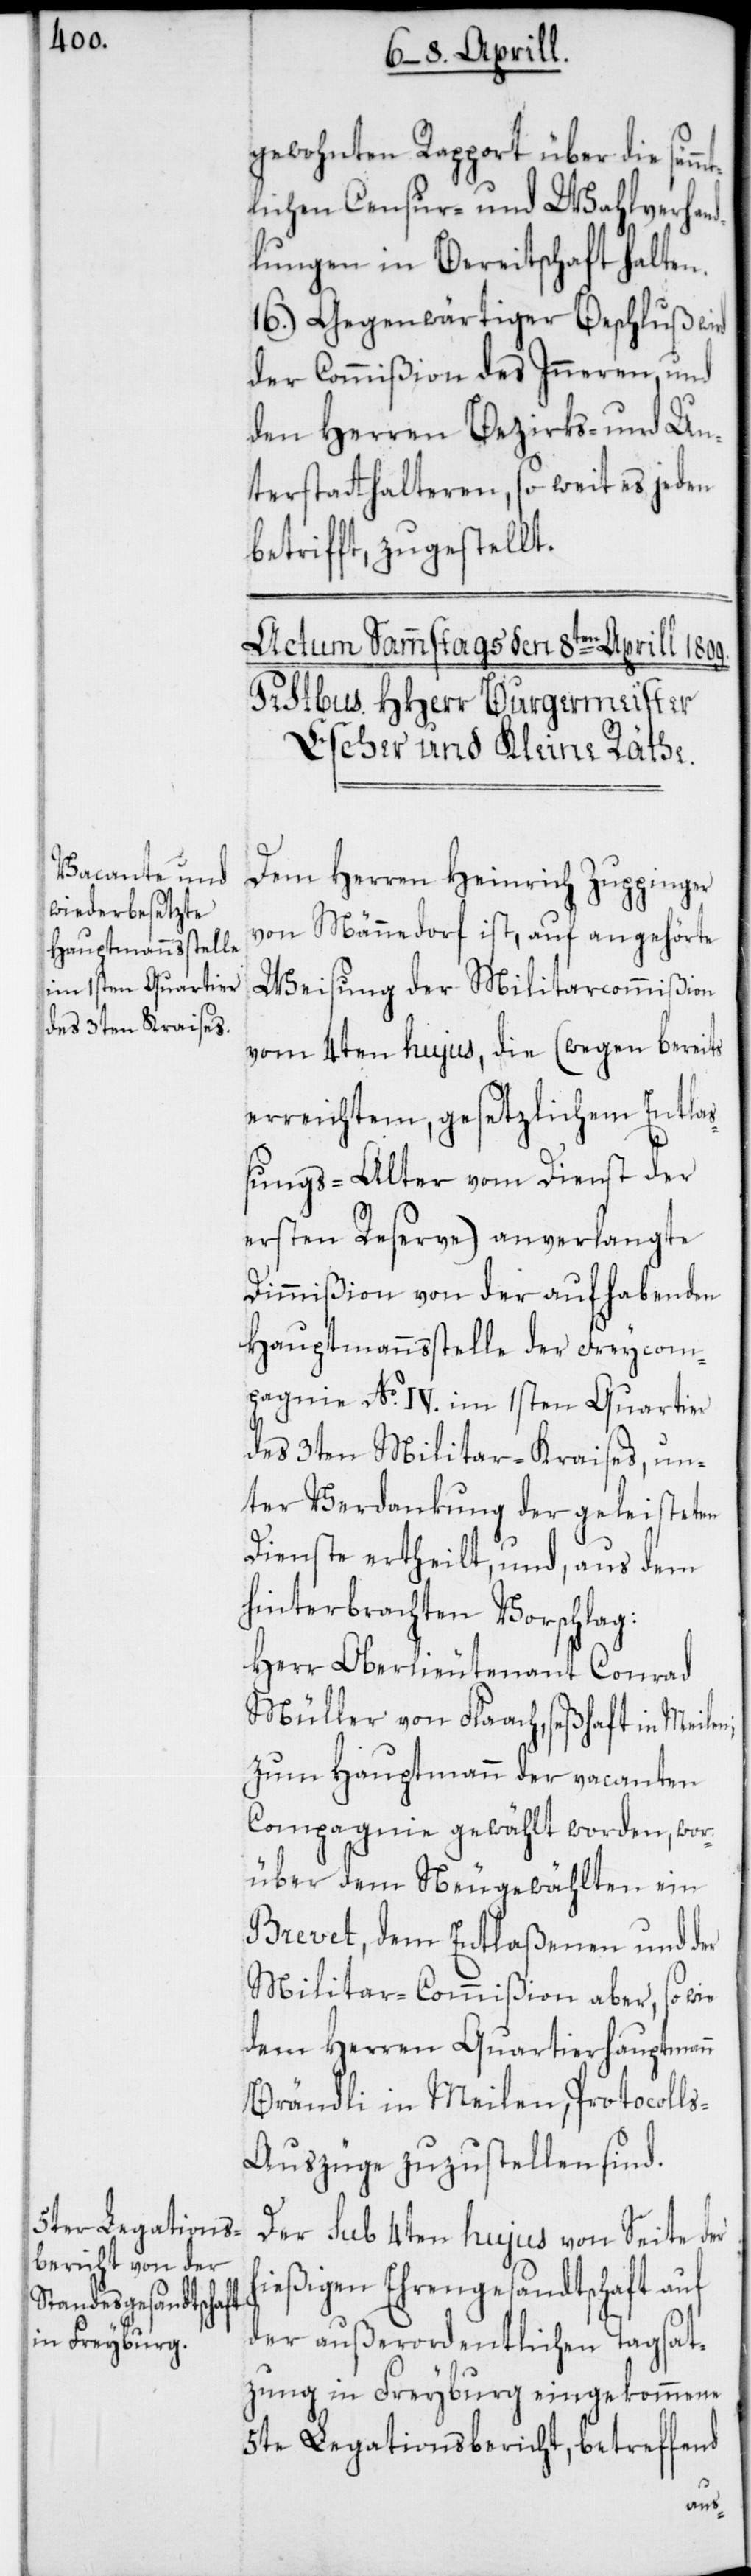
gewohnten Rapport über die säm¬
lichen Censur- und Wahlverhan¬
dlungen in Bereitschaft halten.
16.) Gegenwärtiger Beschluß wird
der Commißion des Inneren, und
den Herren Bezirks- und Un¬
terstatthalteren, so weit es jeden
betrifft, zugestellt.
Dem Herren Heinrich Zuppinger
von Männedorf ist, auf angehörte
Weisung der Militarcommißion
vom 4ten hujus, die (wegen bereits
erreichtem, gesetzlichem Entla¬
ßungs-Alter vom Dienst der
ersten Reserve) anverlangte
Dimißion von der aufhabenden
Hauptmannsstelle der Freycom¬
pagnie No IV. im 1sten Quartier
des 3ten Militar-Kraises, un¬
ter Verdankung der geleisteten
Dienste ertheilt, und, aus dem
hinterbrachten Vorschlag:
Herr Oberlieutenant Conrad
Müller von Flaach, seßhaft in Meilen;
zum Hauptmann der vacanten
Compagnie gewählt worden, wor¬
über dem Neugewählten ein
Brevet, dem Entlaßenen und der
Militar-Commißion aber, so wie
dem Herren Quartierhauptmann
Brändli in Meilen, Protocoll¬
s-Auszüge zuzustellen sind.
Der sub 4ten hujus von Seite der
hießigen Ehrengesandtschaft auf
der außerordentlichen Tagsat¬
zung in Freyburg eingekommene
5te Legationsbericht, betreffend
mt¬